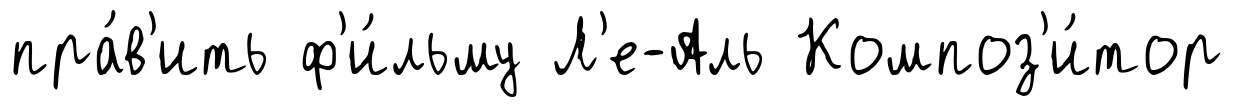
пра́в'ить ф'и́льму Л'е-Аль Композ'и́тор